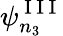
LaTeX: \psi_{n_{3}}^{\mathrm{~I~I~I~}}